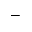
^ { - }